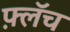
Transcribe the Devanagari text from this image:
फ़्लॅच